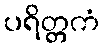
ပရိတ္တကံ